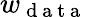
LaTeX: w_{\mathrm{~d~a~t~a~}}